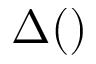
\Delta ( \AA )